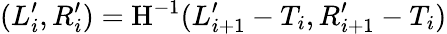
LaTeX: (L_{i}^{\prime},R_{i}^{\prime})=\mathrm{H}^{-1}(L_{i+1}^{\prime}-T_{i},R_{i+1}^{\prime}-T_{i})